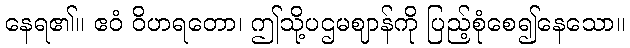
နေရ၏။ ဧဝံ ဝိဟရတော၊ ဤသို့ပဌမဈာန်ကို ပြည့်စုံစေ၍နေသော။